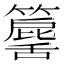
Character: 𥶕